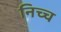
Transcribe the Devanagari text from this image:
निच्च